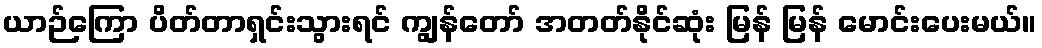
ယာဉ်ကြော ပိတ်တာရှင်းသွားရင် ကျွန်တော် အတတ်နိုင်ဆုံး မြန် မြန် မောင်းပေးမယ်။